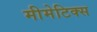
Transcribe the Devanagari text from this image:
मीमेटिक्स